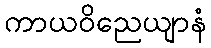
ကာယဝိညေယျာနံ